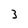
Character: 3